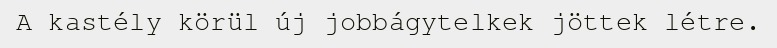
A kastély körül új jobbágytelkek jöttek létre.